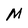
Character: M